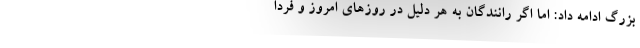
بزرگ ادامه داد: اما اگر رانندگان به هر دلیل در روزهای امروز و فردا